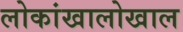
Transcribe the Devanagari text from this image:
लोकांखालोखाल